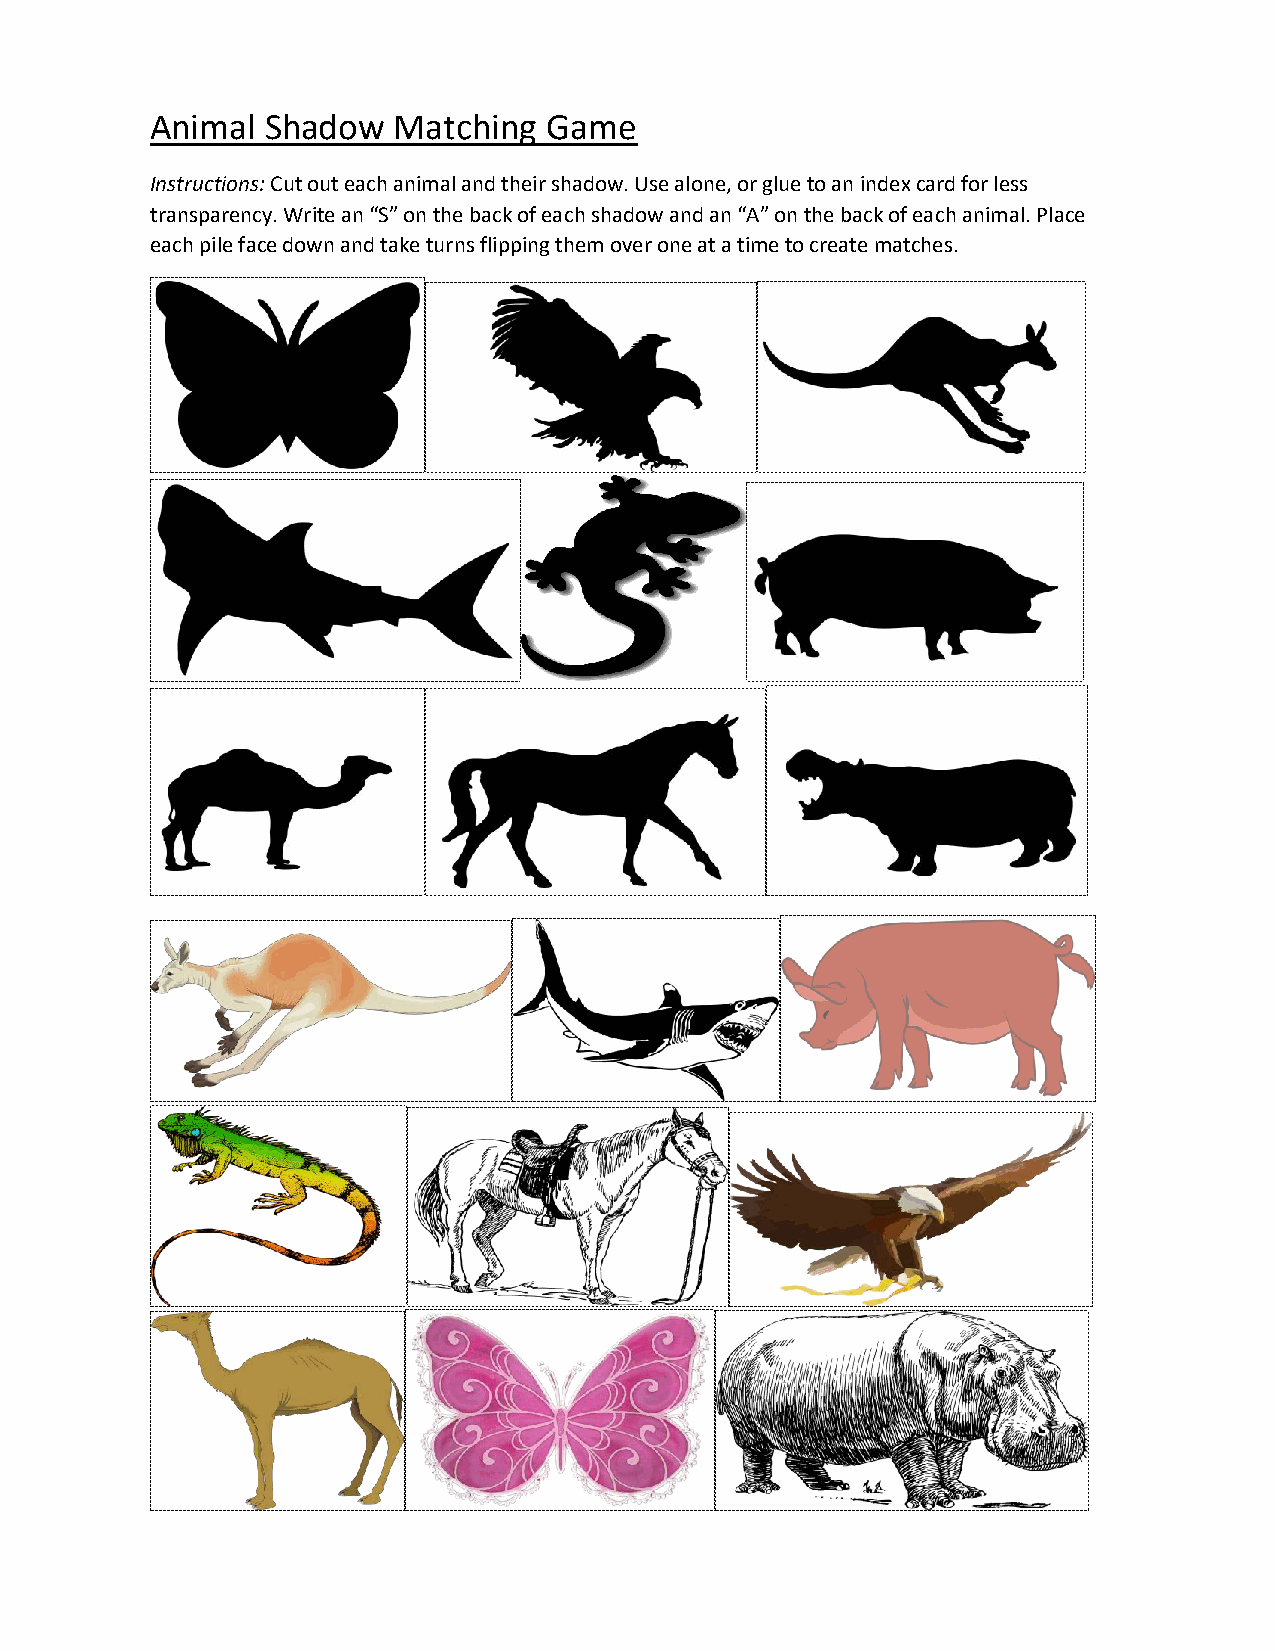
Animal  Shadow  Matching  Game
 Instructions: Cut out each animal and their shadow. Use alone, or glue to an index card for less
 transparency. Write an “S” on the back of each shadow and an “A” on the back of each animal. Place
 each pile face down and take turns flipping them over one at a time to create matches.